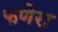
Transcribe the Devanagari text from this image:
फणेरा